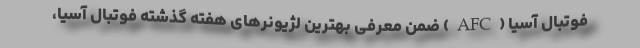
فوتبال آسیا (AFC) ضمن معرفی بهترین لژیونرهای هفته گذشته فوتبال آسیا،